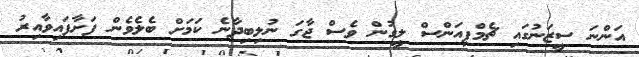
އަންނަ ސީޒަނުގައި ޗެމްޕިއަންސް ލީގުން ވެސް ޖާގަ ނުލިބިދާނެ ކަމަށް ބެލެވެން ފަށާފައިވާއިރު